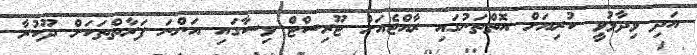
އަދި ވިދާޅުވީ ކުރިޔަށް އޮތްތަނުގައި ރާއްޖެއަށް ޓޫރިސްޓް ވިސާގައި އަންނަ ފަރާތްތަކަށް ދޫކުރާ